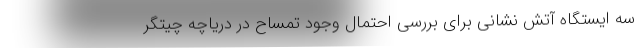
سه ایستگاه آتش نشانی برای بررسی احتمال وجود تمساح در دریاچه چیتگر